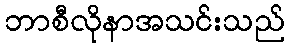
ဘာစီလိုနာအသင်းသည်